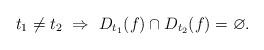
LaTeX: \begin{align*}t_{1}\neq t_{2}\ \Rightarrow\ D_{t_{1}}(f)\cap D_{t_{2}}(f)=\varnothing.\end{align*}